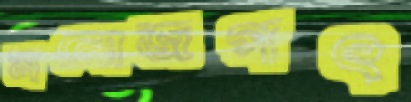
মনোজগৎ